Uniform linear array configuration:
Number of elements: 8
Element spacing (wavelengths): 0.5
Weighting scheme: binomial
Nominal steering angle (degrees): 60
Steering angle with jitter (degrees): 58.169
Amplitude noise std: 0.05
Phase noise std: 0.05

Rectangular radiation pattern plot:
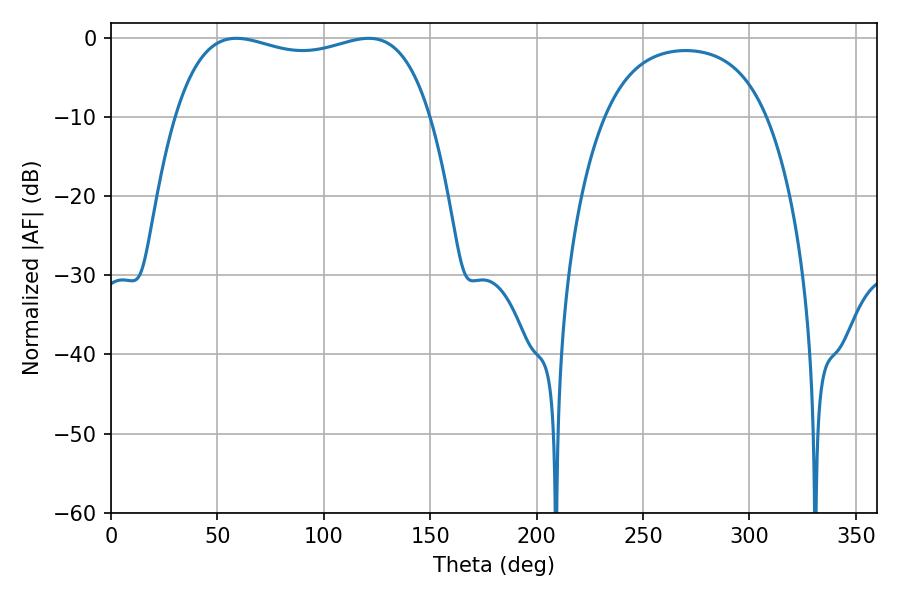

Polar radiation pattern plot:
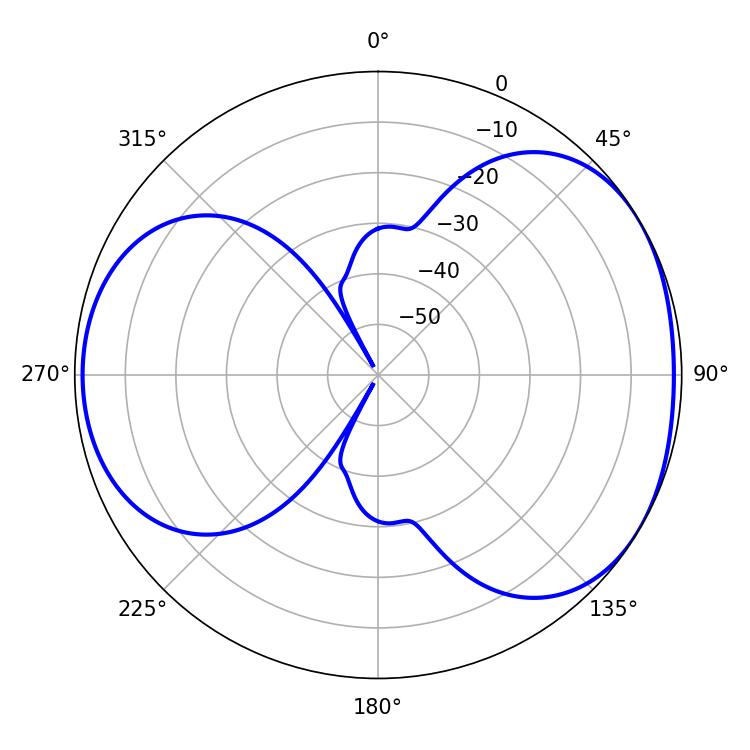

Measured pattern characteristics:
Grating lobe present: FALSE
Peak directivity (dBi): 4.42
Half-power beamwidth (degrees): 97.56
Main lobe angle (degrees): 58.86